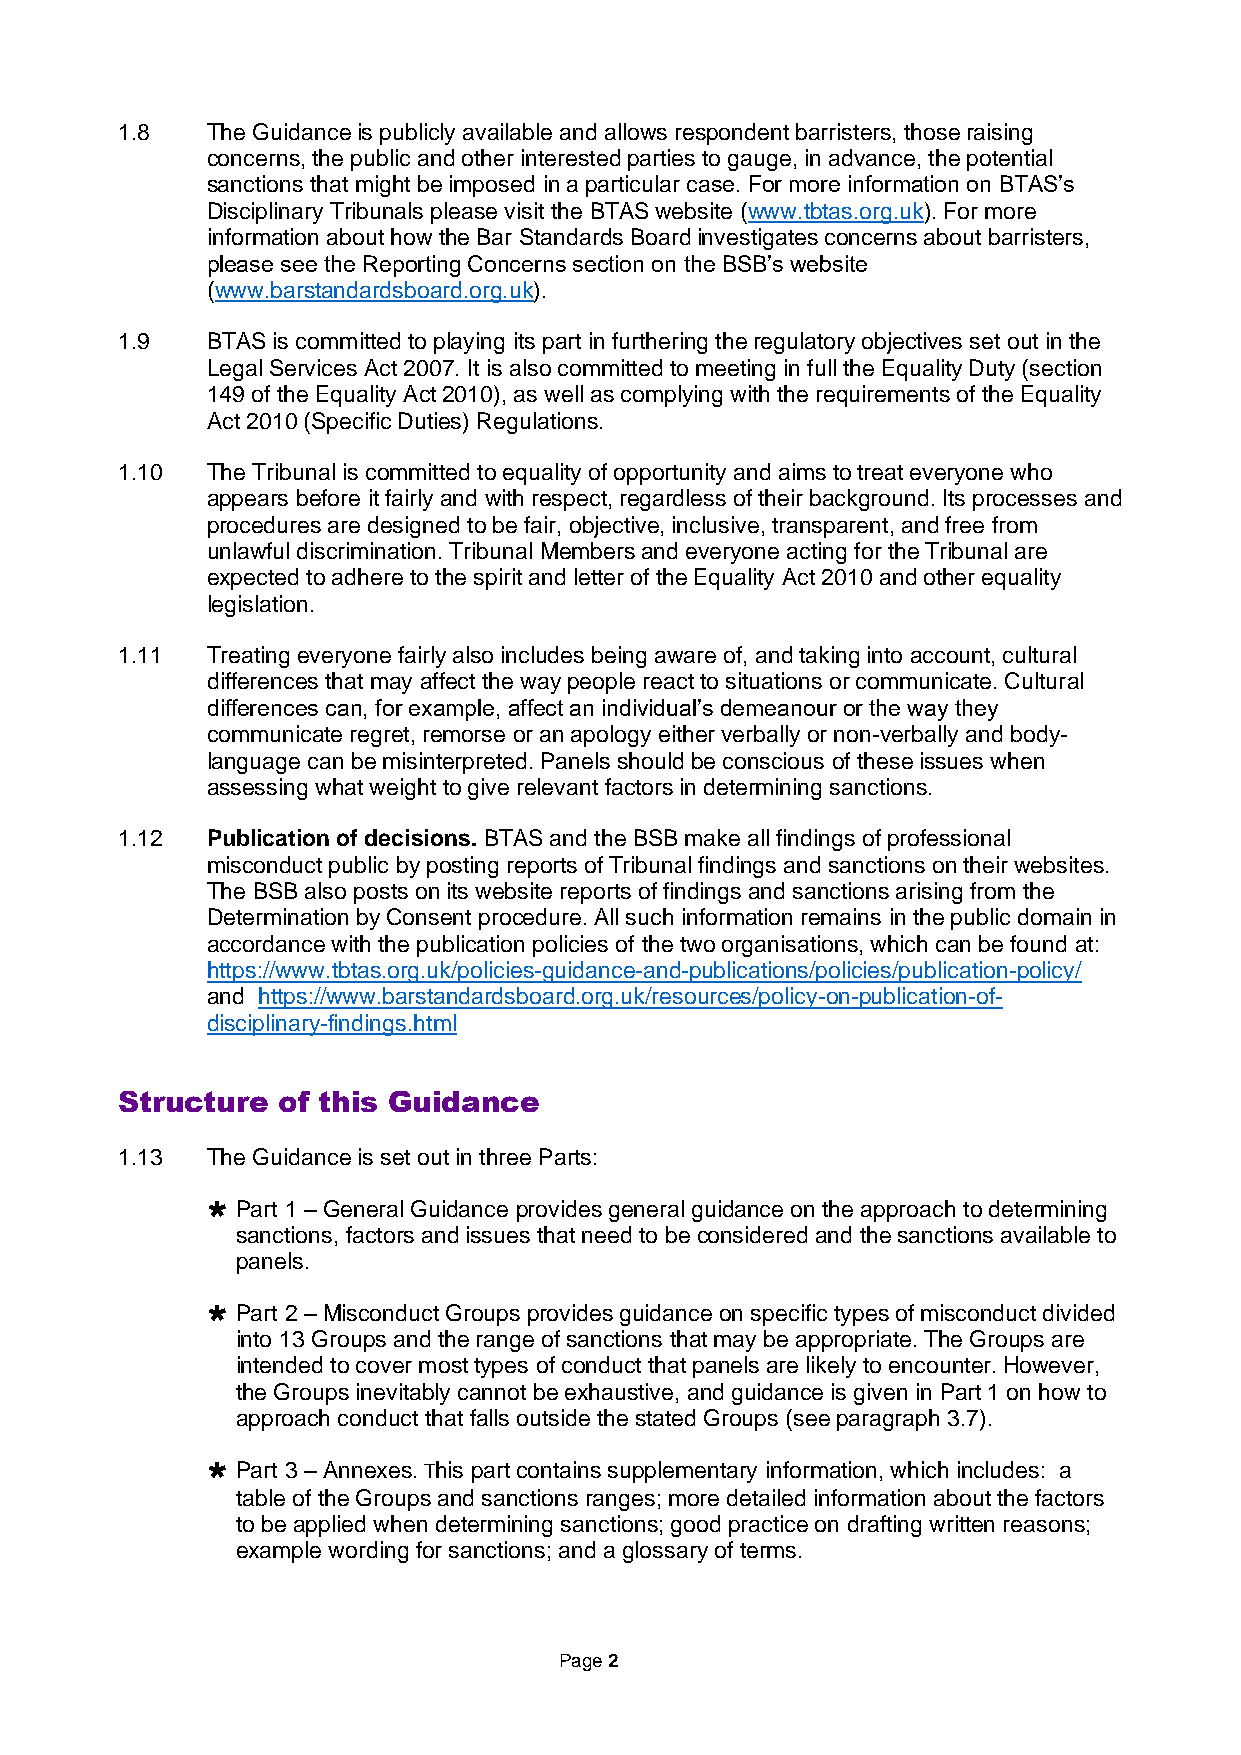
1.8   The Guidance is publicly available and allows respondent barristers, those raising
 concerns, the public and other interested parties to gauge, in advance, the potential
 sanctions that might be imposed in a particular case. For more information on BTAS’s
 Disciplinary Tribunals please visit the BTAS website (www.tbtas.org.uk). For more
 information about how the Bar Standards Board investigates concerns about barristers,
 please see the Reporting Concerns section on the BSB’s website
 (www.barstandardsboard.org.uk).
 1.9   BTAS is committed to playing its part in furthering the regulatory objectives set out in the
 Legal Services Act 2007. It is also committed to meeting in full the Equality Duty (section
 149 of the Equality Act 2010), as well as complying with the requirements of the Equality
 Act 2010 (Specific Duties) Regulations.
 1.10  The Tribunal is committed to equality of opportunity and aims to treat everyone who
 appears before it fairly and with respect, regardless of their background. Its processes and
 procedures are designed to be fair, objective, inclusive, transparent, and free from
 unlawful discrimination. Tribunal Members and everyone acting for the Tribunal are
 expected to adhere to the spirit and letter of the Equality Act 2010 and other equality
 legislation.
 1.11  Treating everyone fairly also includes being aware of, and taking into account, cultural
 differences that may affect the way people react to situations or communicate. Cultural
 differences can, for example, affect an individual’s demeanour or the way they
 communicate regret, remorse or an apology either verbally or non-verbally and body-
 language can be misinterpreted. Panels should be conscious of these issues when
 assessing what weight to give relevant factors in determining sanctions.
 1.12  Publication of decisions. BTAS and the BSB make all findings of professional
 misconduct public by posting reports of Tribunal findings and sanctions on their websites.
 The BSB also posts on its website reports of findings and sanctions arising from the
 Determination by Consent procedure. All such information remains in the public domain in
 accordance with the publication policies of the two organisations, which can be found at:
 https://www.tbtas.org.uk/policies-guidance-and-publications/policies/publication-policy/
 and https://www.barstandardsboard.org.uk/resources/policy-on-publication-of-
 disciplinary-findings.html
 Structure of this Guidance
 1.13  The Guidance is set out in three Parts:
  Part 1 – General Guidance provides general guidance on the approach to determining
 sanctions, factors and issues that need to be considered and the sanctions available to
 panels.
  Part 2 – Misconduct Groups provides guidance on specific types of misconduct divided
 into 13 Groups and the range of sanctions that may be appropriate. The Groups are
 intended to cover most types of conduct that panels are likely to encounter. However,
 the Groups inevitably cannot be exhaustive, and guidance is given in Part 1 on how to
 approach conduct that falls outside the stated Groups (see paragraph 3.7).
  Part 3 – Annexes. This part contains supplementary information, which includes: a
 table of the Groups and sanctions ranges; more detailed information about the factors
 to be applied when determining sanctions; good practice on drafting written reasons;
 example wording for sanctions; and a glossary of terms.
 Page 2